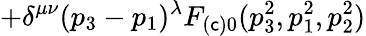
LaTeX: +\delta^{\mu\nu}(p_{3}-p_{1})^{\lambda}F_{(\mathsf{c})0}(p_{3}^{2},p_{1}^{2},p_{2}^{2})